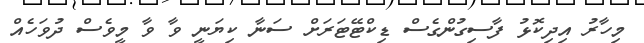
މިހާރު އިދިކޮޅު ފާސިގުންގެސް ޑިކްޓޭޓަރަށް ސަނާ ކިޔަނީ ވާ ވާ މީވެސް ދުވަހެއް